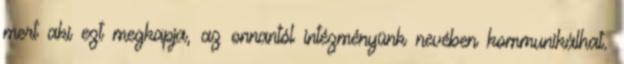
mert aki ezt megkapja, az onnantól intézményünk nevében kommunikálhat.